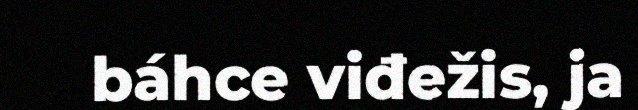
báhce viđežis, ja